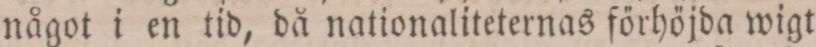
något i en tid, då nationaliteternas förhöjda wigt